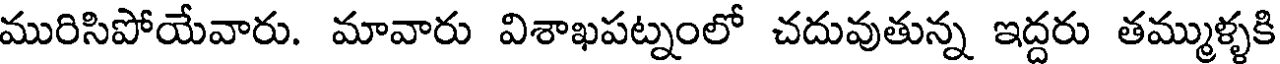
మురిసిపోయేవారు. మావారు విశాఖపట్నంలో చదువుతున్న ఇద్దరు తమ్ముళ్ళకి